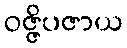
ဝဇ္ဇိပဇာယ